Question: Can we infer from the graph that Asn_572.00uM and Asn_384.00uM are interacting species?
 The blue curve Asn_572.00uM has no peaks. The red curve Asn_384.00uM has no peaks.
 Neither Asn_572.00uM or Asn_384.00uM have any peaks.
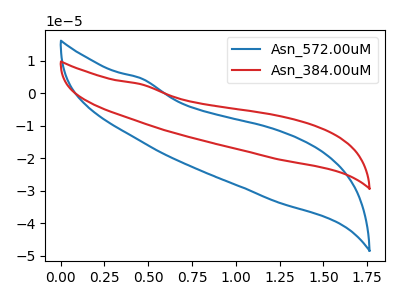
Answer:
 <answer>No, "Asn_572.00uM" and "Asn_384.00uM" don't appear to be significantly different in shape</answer>
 <eval>no_change</eval>